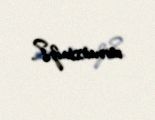
vermirsiniz?.